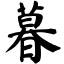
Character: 暮